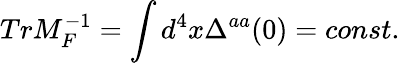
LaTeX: TrM_{F}^{-1}=\int d^{4}x\Delta^{aa}(0)=const.